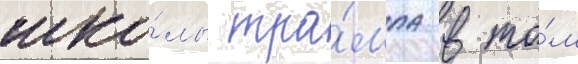
шко́лы тра́мпа в то́м